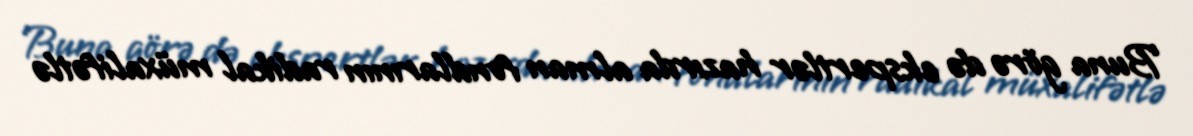
Buna görə də ekspertlər hazırda alman fondlarının radikal müxalifətlə